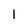
Character: l